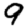
Digit: 9